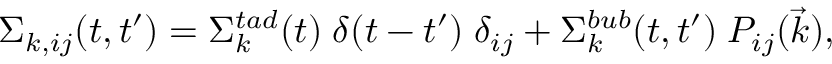
\Sigma _ { k , i j } ( t , t ^ { \prime } ) = \Sigma _ { k } ^ { t a d } ( t ) \; \delta ( t - t ^ { \prime } ) \; \delta _ { i j } + \Sigma _ { k } ^ { b u b } ( t , t ^ { \prime } ) \; { \cal P } _ { i j } ( \vec { k } ) ,